Annual report of the Civil Veterinary Department, Bengal, and of the Bengal Veterinary College for the year 1906-1907 - 1906-1907
Year: 1906
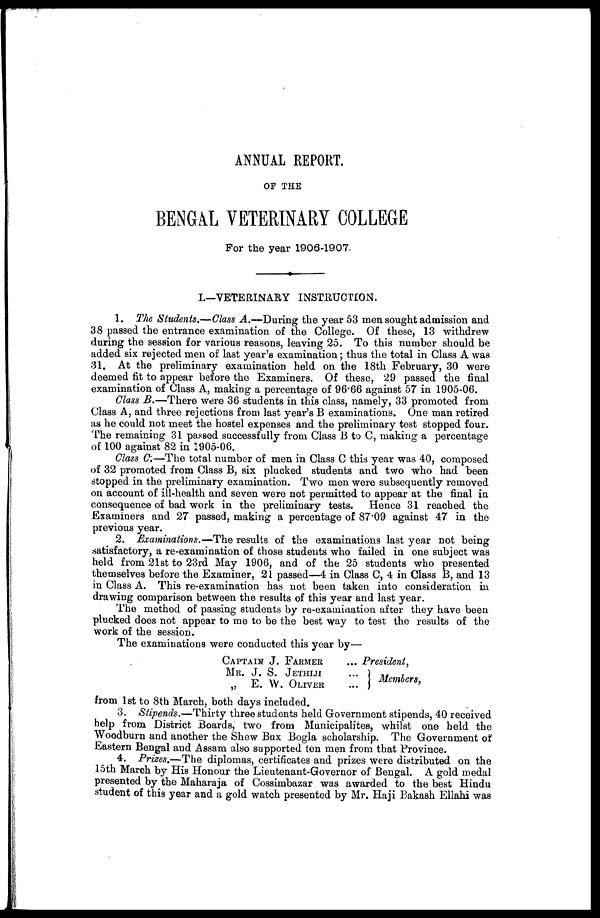
ANNUAL REPORT.
OF THE
BENGAL VETERINARY COLLEGE
For the year 1906-1907.
I.—VETERINARY INSTRUCTION.
1. The Students.—Class A.—During the year 53 men sought admission and
38 passed the entrance examination of the College. Of these, 13 withdrew
during the session for various reasons, leaving 25. To this number should be
added six rejected men of last year's examination; thus the total in Class A was
31. At the preliminary examination held on the 18th February, 30 were
deemed fit to appear before the Examiners. Of these, 29 passed the final
examination of Class A, making a percentage of 96.66 against 57 in 1905-06.
Class B.—There were 36 students in this class, namely, 33 promoted from
Class A, and three rejections from last year's B examinations. One man retired
as he could not meet the hostel expenses and the preliminary test stopped four.
The remaining 31 passed successfully from Class B to C, making a percentage
of 100 against 82 in 1905-06.
Class C.—The total number of men in Class C this year was 40, composed
of 32 promoted from Class B, six plucked students and two who had been
stopped in the preliminary examination. Two men were subsequently removed
on account of ill-health and seven were not permitted to appear at the final in
consequence of bad work in the preliminary tests. Hence 31 reached the
Examiners and 27 passed, making a percentage of 87.09 against 47 in the
previous year.
2. Examinations.—The results of the examinations last year not being
satisfactory, a re-examination of those students who failed in one subject was
held from 21st to 23rd May 1906, and of the 25 students who presented
themselves before the Examiner, 21 passed—4 in Class C, 4 in Class B, and 13
in Class A. This re-examination has not been taken into consideration in
drawing comparison between the results of this year and last year.
The method of passing students by re-examination after they have been
plucked does not appear to me to be the best way to test the results of the
work of the session.
The examinations were conducted this year by—
CAPTAIN J. FARMER
MR. J. S. JETHIJI
„ E. W. OLIVER
... President,
...
...
Members,
from 1st to 8th March, both days included.
3. Stipends.—Thirty three students held Government stipends, 40 received
help from District Boards, two from Municipalites, whilst one held the
Woodburn and another the Shew Bux Bogla scholarship. The Government of
Eastern Bengal and Assam also supported ten men from that Province.
4. Prises.—The diplomas, certificates and prizes were distributed on the
15th March by His Honour the Lieutenant-Governor of Bengal. A gold medal
presented by the Maharaja of Cossimbazar was awarded to the best Hindu
student of this year and a gold watch presented by Mr. Haji Bakash Ellahi was